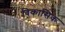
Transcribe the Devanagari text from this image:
विकासिक